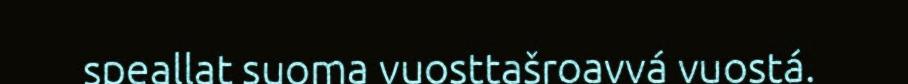
speallat suoma vuosttašroavvá vuostá.